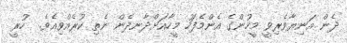
ދެން އަނިޔާވެރިވީ މީހުންގެ އެންމެފަހު މީހާއަށްދާނދެން ނެތި ކުރެއްވިއެވެ.  ހުރީ